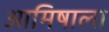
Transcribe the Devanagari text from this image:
आमिषाला